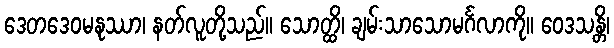
ဒေတဒေဝမနုဿာ၊ နတ်လူတို့သည်။ သောတ္ထိ၊ ချမ်းသာသောမင်္ဂလာကို။ ဝေဒသန္တိ၊